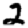
Digit: 2